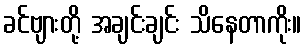
ခင်ဗျားတို့ အချင်းချင်း သိနေတာကိုး။